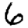
Digit: 6